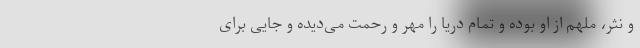
و نثر، ملهم از او بوده و تمام دریا را مِهر و رحمت می‌دیده و جایی برای